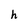
Character: h